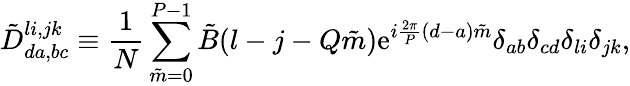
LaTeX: \tilde{D}_{da,bc}^{li,jk}\equiv{\frac{1}{N}}\sum_{\tilde{m}=0}^{P-1}\tilde{B}(l-j-Q\tilde{m})\mathrm{e}^{i{\frac{2\pi}{P}}(d-a)\tilde{m}}\delta_{ab}\delta_{cd}\delta_{li}\delta_{jk},